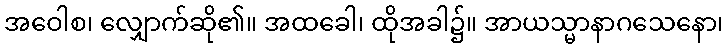
အဝေါစ၊ လျှောက်ဆို၏။ အထခေါ၊ ထိုအခါ၌။ အာယသ္မာနာဂသေနော၊